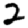
Digit: 2